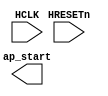
module ap_start_timer(
	input wire HCLK,
	input wire HRESETn,
	output wire ap_start
);

	reg ap_start_reg;
	reg [31:0] counter;

	always @(posedge HCLK) begin
		if (!HRESETn) begin
			ap_start_reg <= 1'b0;
			counter		 <= 32'd9999;
		end
		else begin
			if (counter == 32'd10000) begin
				ap_start_reg <= 1'b1;
				counter <= 32'd0;
			end
			else begin
				ap_start_reg <= 1'b0;
				counter <= counter + 1;
			end
		end
	end
	
	
endmodule